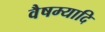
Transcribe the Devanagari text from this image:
वैषम्यादि